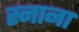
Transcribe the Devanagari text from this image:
स्नाना